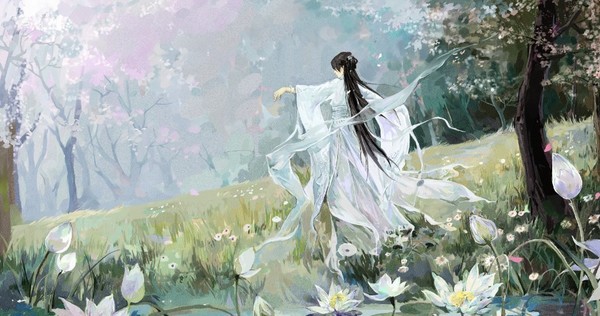
才道莫伤神，青衫湿一痕。